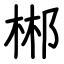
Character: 郴